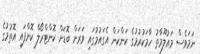
ނަމަވެސް މައުލޫމާތު ހާމަކުރުމުގެ ކަންކަން އެގައުމުގައި ވަރަށް ބޮޑަށް ކޮންޓްރޯލް ކޮށްފައި އޮތުމުގެ